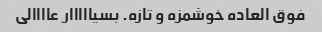
فوق العاده خوشمزه و تازه. بسیااااار عاااالی